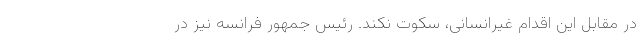
در مقابل این اقدام غیرانسانی، سکوت نکند. رئیس جمهور فرانسه نیز در